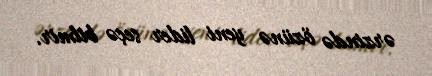
ərzində özünə yeni lider seçə bilmir.